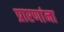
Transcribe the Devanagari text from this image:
प्रारणांना